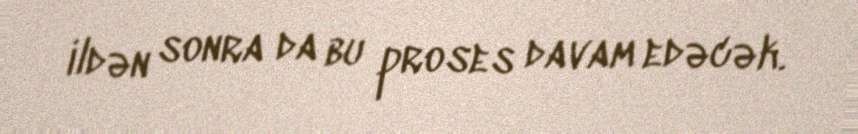
ildən sonra da bu proses davam edəcək.